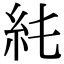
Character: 𥾑